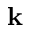
{ \bf k }